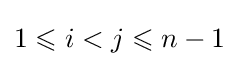
1\leqslant i<j\leqslant n-1